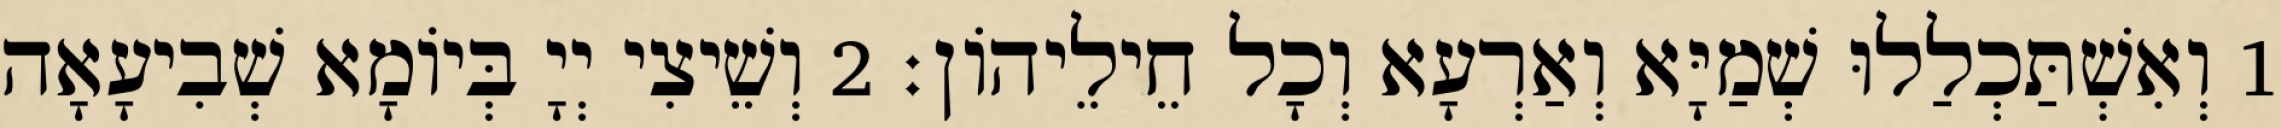
1 וְאִשְׁתַּכְלַלוּ שְׁמַיָּא וְאַרְעָא וְכָל חֵילֵיהוֹן׃ 2 וְשֵׁיצִי יְיָ בְּיוֹמָא שְׁבִיעָאָה